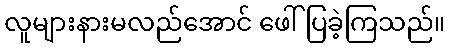
လူများနားမလည်အောင် ဖေါ်ပြခဲ့ကြသည်။